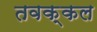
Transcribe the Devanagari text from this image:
तवक्कल